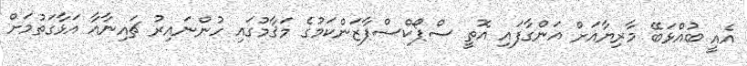
އެއީ ބުއްޅަބޭ މާރިޔާއަށް އަންގާފައި އޮތީ ސްޕޯކްސްޕާޒަންކަމުގެ މަޤާމުގައި ހުންނައިރު ޗައިނާއާ އަޅާގަތުމަށް